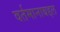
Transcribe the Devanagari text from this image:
वर्तमानाबद्दल